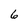
Character: 6